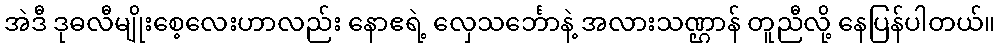
အဲဒီ ဒုဓလီမျိုးစေ့လေးဟာလည်း နောဧရဲ့ လှေသင်္ဘောနဲ့ အလားသဏ္ဌာန် တူညီလို့ နေပြန်ပါတယ်။